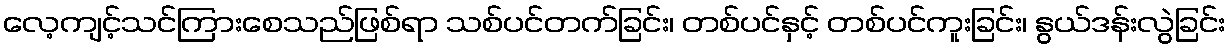
လေ့ကျင့်သင်ကြားစေသည်ဖြစ်ရာ သစ်ပင်တက်ခြင်း၊ တစ်ပင်နှင့် တစ်ပင်ကူးခြင်း၊ နွယ်ဒန်းလွဲခြင်း